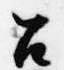
召